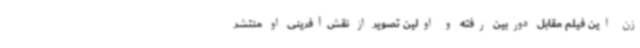
زن این فیلم مقابل دوربین رفته و اولین تصویر از نقش‌آفرینی او منتشر